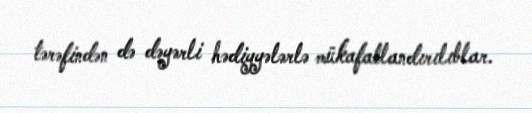
tərəfindən də dəyərli hədiyyələrlə mükafatlandırılıblar.